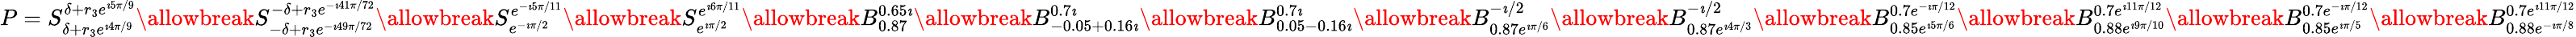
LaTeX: P=S_{\delta+r_{3}e^{\imath 4\pi/9}}^{\delta+r_{3}e^{\imath 5\pi/9}}\allowbreak S_{-\delta+r_{3}e^{-\imath 49\pi/72}}^{-\delta+r_{3}e^{-\imath 41\pi/72}}\allowbreak S_{e^{-\imath\pi/2}}^{e^{-\imath 5\pi/11}}\allowbreak S_{e^{\imath\pi/2}}^{e^{\imath 6\pi/11}}\allowbreak B_{0.87}^{0.65\imath}\allowbreak B_{-0.05+0.16\imath}^{0.7\imath}\allowbreak B_{0.05-0.16\imath}^{0.7\imath}\allowbreak B_{0.87e^{\imath\pi/6}}^{-\imath/2}\allowbreak B_{0.87e^{\imath 4\pi/3}}^{-\imath/2}\allowbreak B_{0.85e^{\imath 5\pi/6}}^{0.7e^{-\imath\pi/12}}\allowbreak B_{0.88e^{\imath 9\pi/10}}^{0.7e^{\imath 11\pi/12}}\allowbreak B_{0.85e^{\imath\pi/5}}^{0.7e^{-\imath\pi/12}}\allowbreak B_{0.88e^{-\imath\pi/8}}^{0.7e^{\imath 11\pi/12}}